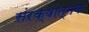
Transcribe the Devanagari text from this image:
संरक्षात्मक